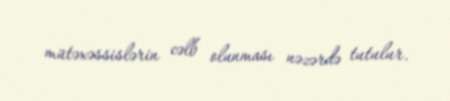
mütəxəssislərin cəlb olunması nəzərdə tutulur.